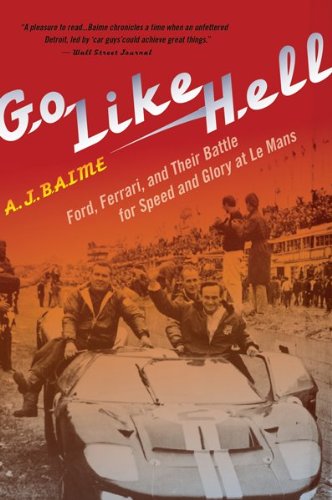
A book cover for Go Like Hell: Ford, Ferrari, and Their Battle for Speed and Glory at Le Mans; A. J. Baime; Engineering & Transportation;